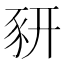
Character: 豜